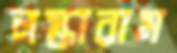
লস্কারাম